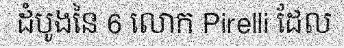
ដំបូងនៃ 6 លោក Pirelli ដែល